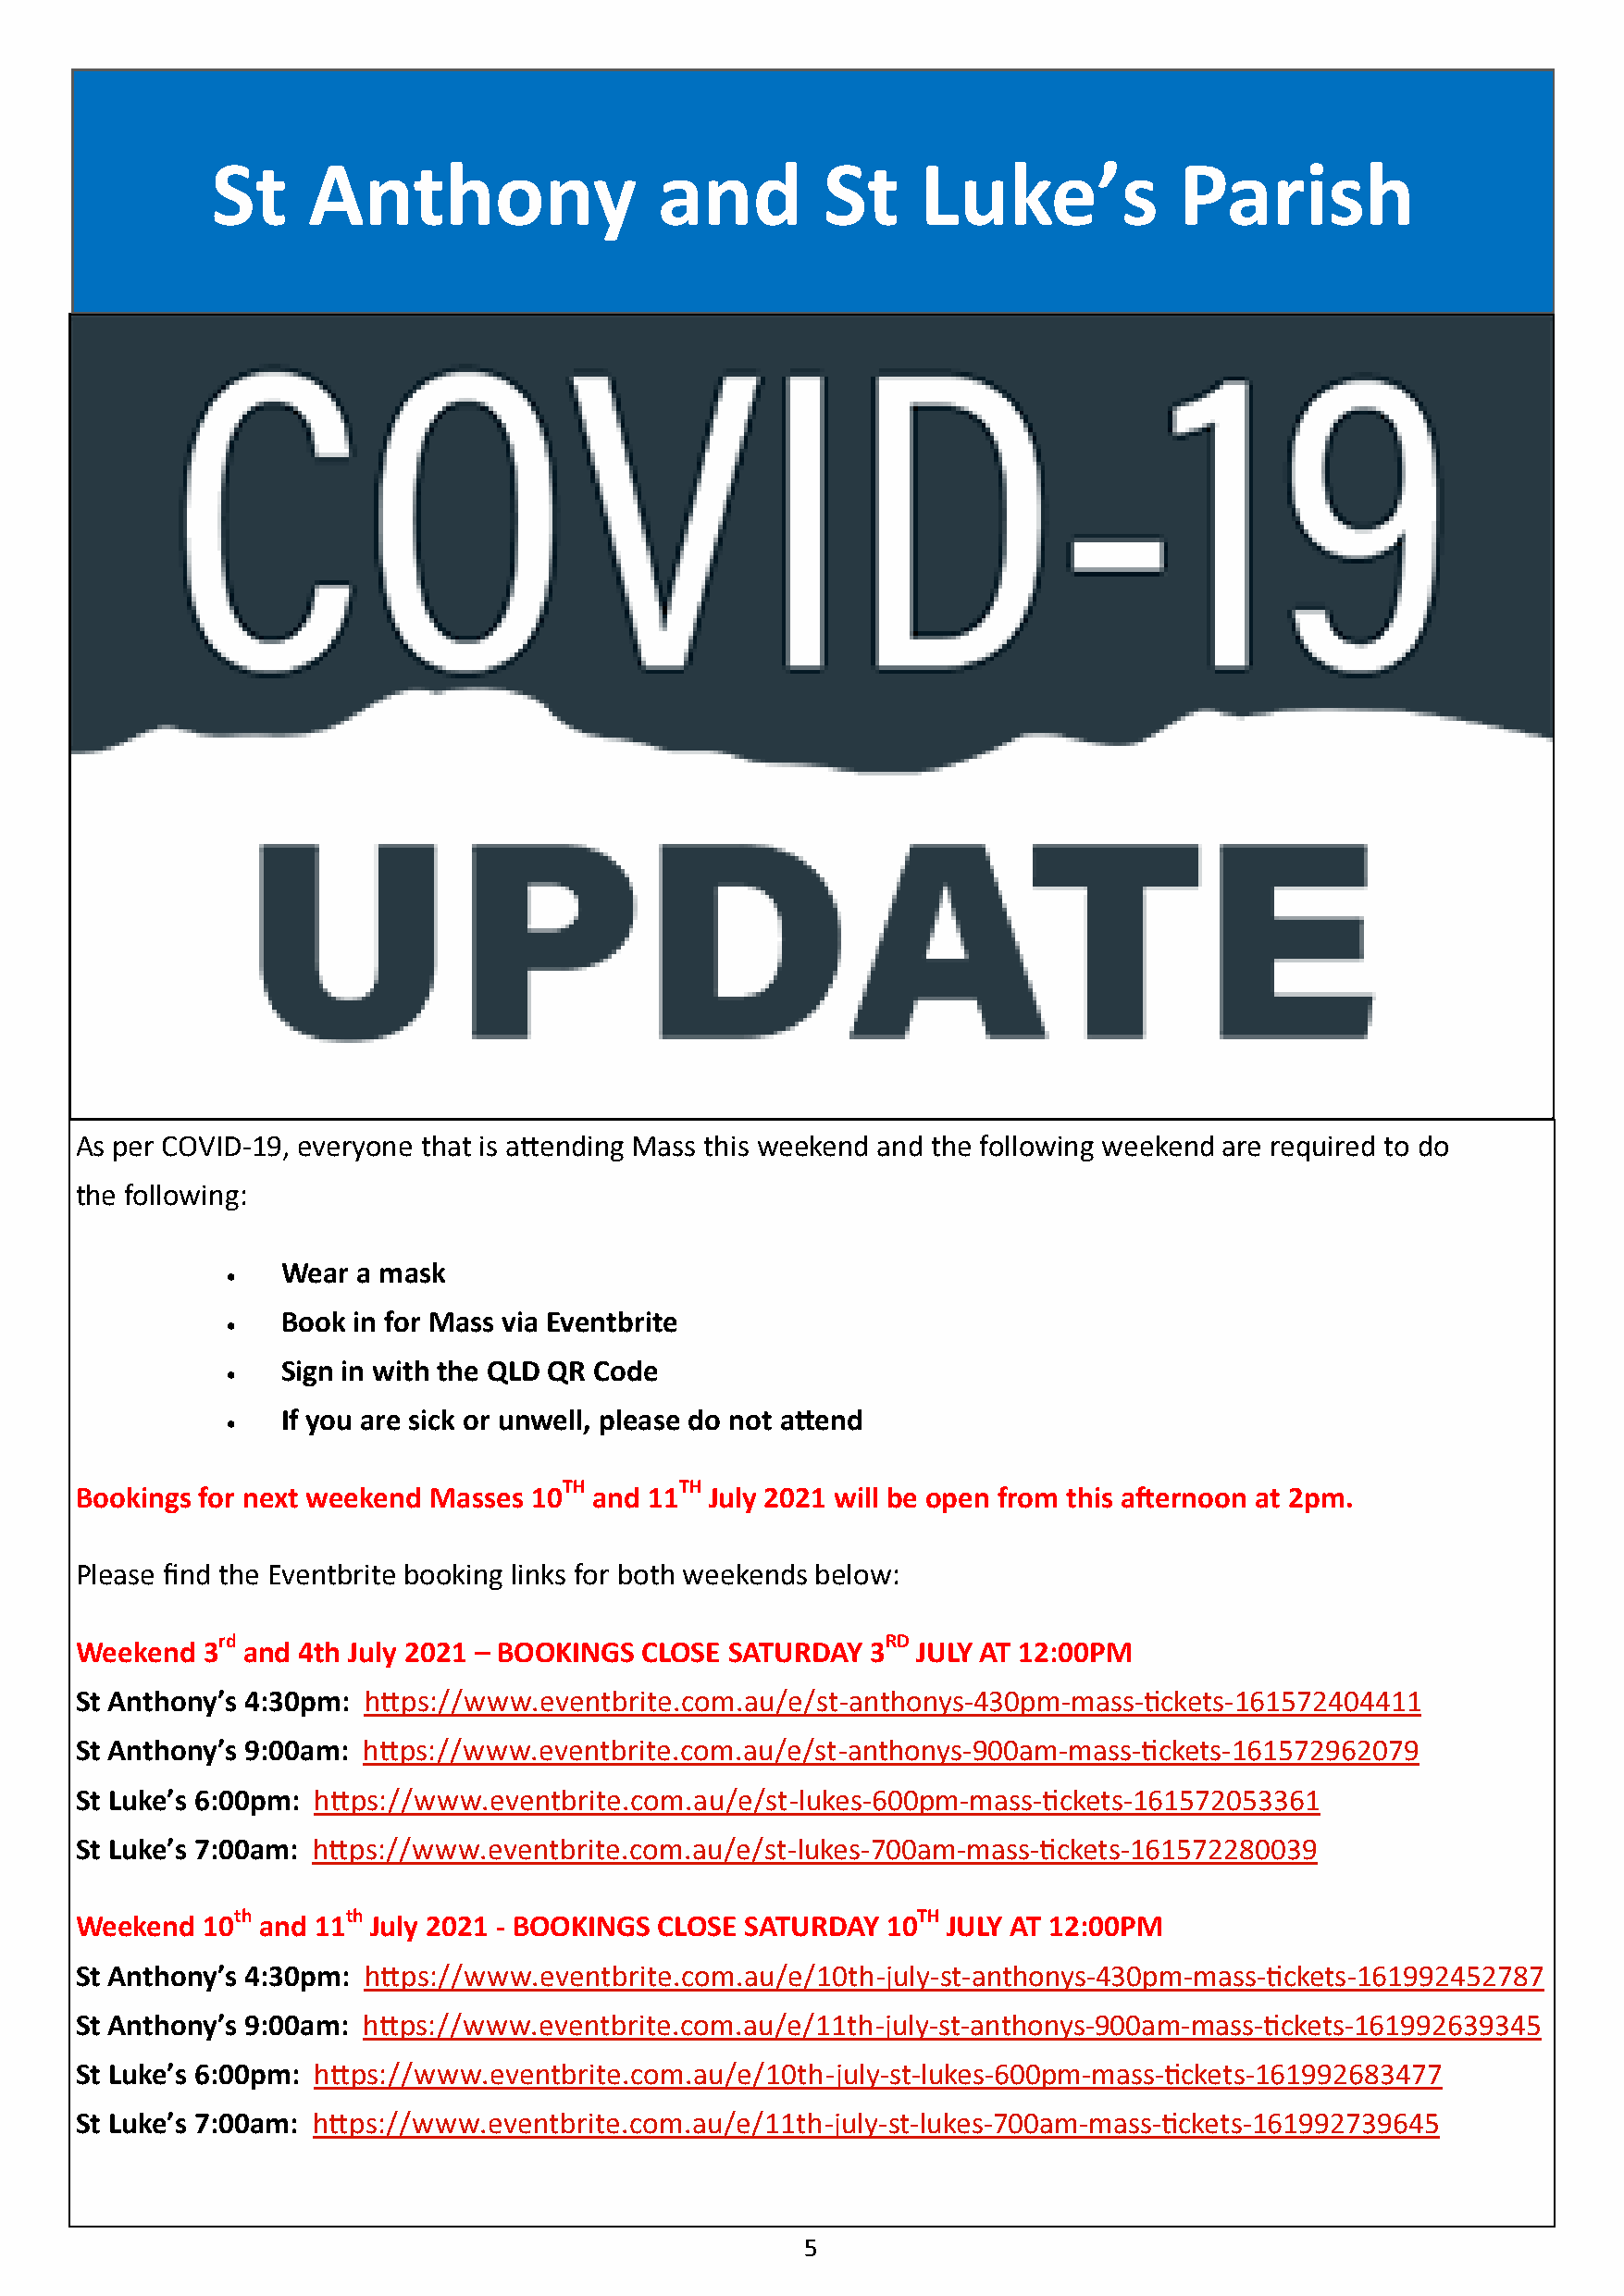
St     Anthony                  and         St     Luke’s            Parish
 As per COVID-19, everyone that is attending Mass this weekend and the following weekend are required to do
 the following:
 Wear  a mask
 
 Book in for Mass via Eventbrite
 
 Sign in with the QLD QR Code
 
 If you are sick or unwell, please do not attend
 
 TH       TH
 Bookings for next weekend Masses 10  and 11   July 2021 will be open from this afternoon at 2pm.
 Please find the Eventbrite booking links for both weekends below:
 rd                                             RD
 Weekend   3 and 4th July 2021 – BOOKINGS CLOSE SATURDAY  3   JULY AT 12:00PM
 St Anthony’s 4:30pm: https://www.eventbrite.com.au/e/st-anthonys-430pm-mass-tickets-161572404411
 St Anthony’s 9:00am: https://www.eventbrite.com.au/e/st-anthonys-900am-mass-tickets-161572962079
 St Luke’s 6:00pm: https://www.eventbrite.com.au/e/st-lukes-600pm-mass-tickets-161572053361
 St Luke’s 7:00am: https://www.eventbrite.com.au/e/st-lukes-700am-mass-tickets-161572280039
 th      th                                       TH
 Weekend   10  and 11 July 2021 - BOOKINGS CLOSE SATURDAY  10   JULY AT 12:00PM
 St Anthony’s 4:30pm: https://www.eventbrite.com.au/e/10th-july-st-anthonys-430pm-mass-tickets-161992452787
 St Anthony’s 9:00am: https://www.eventbrite.com.au/e/11th-july-st-anthonys-900am-mass-tickets-161992639345
 St Luke’s 6:00pm: https://www.eventbrite.com.au/e/10th-july-st-lukes-600pm-mass-tickets-161992683477
 St Luke’s 7:00am: https://www.eventbrite.com.au/e/11th-july-st-lukes-700am-mass-tickets-161992739645
 5